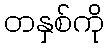
တနှစ်ကို